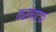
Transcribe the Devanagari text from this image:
करनाटक